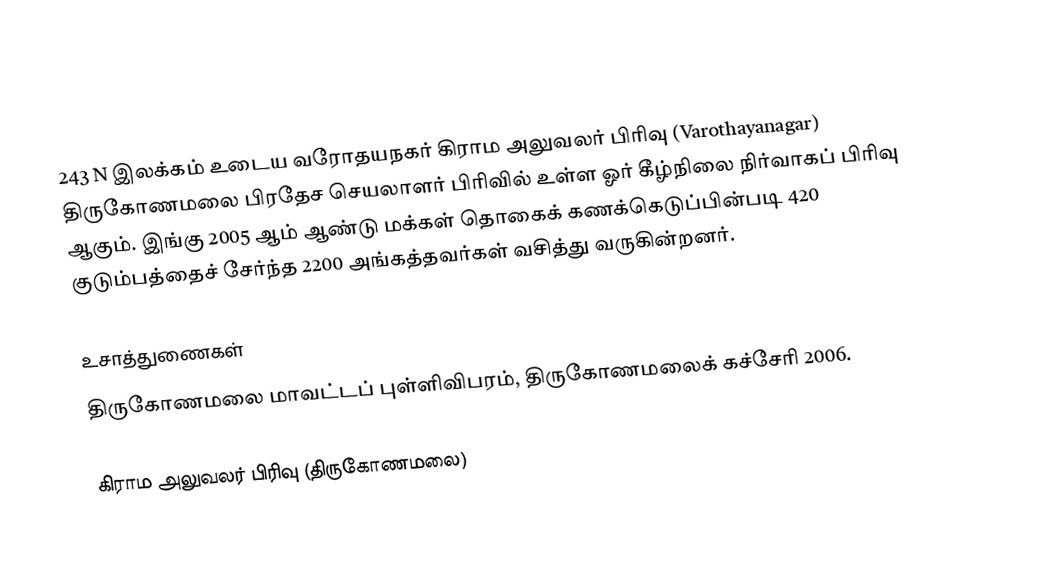
243 N இலக்கம்  உடைய வரோதயநகர் கிராம அலுவலர் பிரிவு  (Varothayanagar) திருகோணமலை பிரதேச செயலாளர் பிரிவில் உள்ள ஓர் கீழ்நிலை நிர்வாகப் பிரிவு ஆகும். இங்கு 2005 ஆம் ஆண்டு மக்கள் தொகைக் கணக்கெடுப்பின்படி 420 குடும்பத்தைச் சேர்ந்த 2200 அங்கத்தவர்கள் வசித்து வருகின்றனர்.

உசாத்துணைகள்
திருகோணமலை மாவட்டப் புள்ளிவிபரம், திருகோணமலைக் கச்சேரி 2006.

கிராம அலுவலர் பிரிவு (திருகோணமலை)